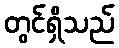
တွင်ရှိသည်